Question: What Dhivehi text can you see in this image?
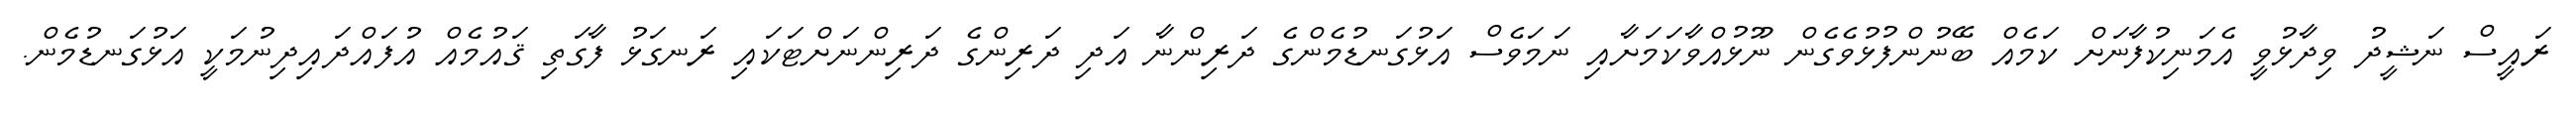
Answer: ރައީސް ނަޝީދު ވިދާޅުވީ އެމަނިކުފާނަށް ކަމެއް ބޭނުންފުޅުވެގެން ނޫޅުއްވާކަމަށާއި ނަމަވެސް އަޅުގަނޑުމެންގެ ދަރިންނާ އަދި ދަރިންގެ ދަރިންނަށްޓަކައި ރަނގަޅު ފާގަތި ޤައުމެއް އުފައްދައިދިނުމަކީ އަޅުގަނޑުމެން.